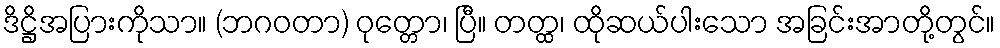
ဒိဋ္ဌိအပြားကိုသာ။ (ဘဂဝတာ) ဝုတ္တော၊ ပြီ။ တတ္ထ၊ ထိုဆယ်ပါးသော အခြင်းအာတို့တွင်။